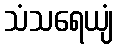
သံသရေယျံ